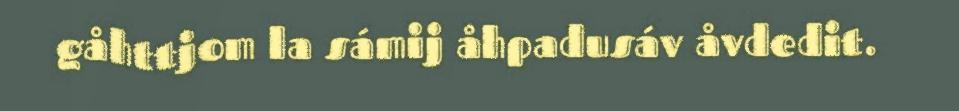
gåhttjom la sámij åhpadusáv åvdedit.